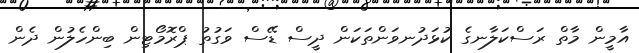
އާމީން މާތް ރަސްކަލާނގެ ކުޅަދުނވަންތަކަން ދީސް ޑޭސް ވަގުތު ޕްރޮމޯޓިން ބިންހެލުން ދެން